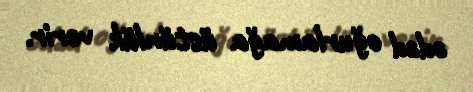
ədəd oğurlamağa üstünlük verir.